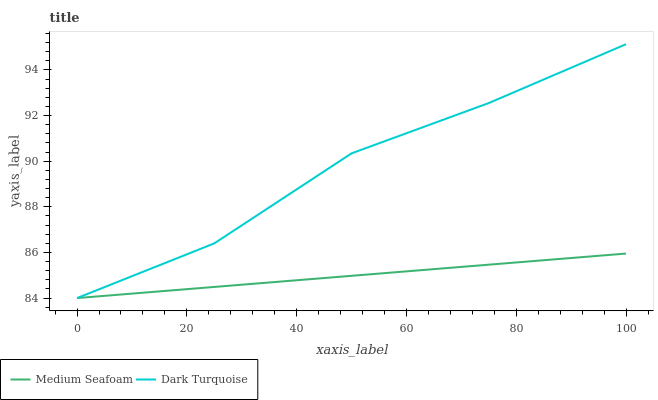
| xaxis_label | Medium Seafoam | Dark Turquoise |
 | --- | --- | --- |
 | 0 | 84 | 84 |
 | 25 | 84.5 | 86.4 |
 | 50 | 85 | 90.3 |
 | 75 | 85.5 | 92.5 |
 | 100 | 86 | 95.1 |